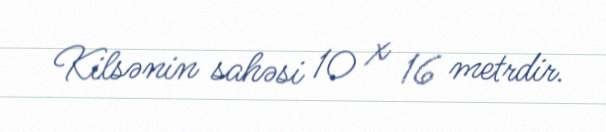
Kilsənin sahəsi 10 x 16 metrdir.